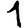
Digit: 1